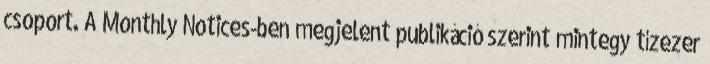
csoport. A Monthly Notices-ben megjelent publikáció szerint mintegy tízezer